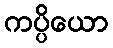
ကပ္ပိယော